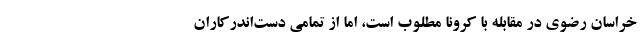
خراسان رضوی در مقابله با کرونا مطلوب است، اما از تمامی دست‌اندرکاران